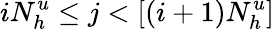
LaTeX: iN_{h}^{u}\le j<[(i+1)N_{h}^{u}]